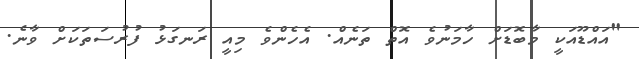
"އައްޑޫއަކީ މާބޮޑަށް ހާމަނުވެ އޮތް ތަނެއް. އެހެންވެ މިއީ ރަނގަޅު ފުރުސަތަކަށް ވާނެ.